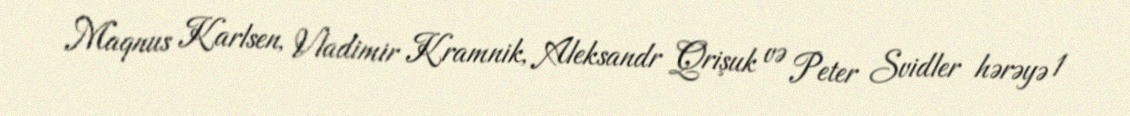
Maqnus Karlsen, Vladimir Kramnik, Aleksandr Qrişuk və Peter Svidler hərəyə 1